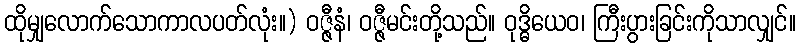
ထိုမျှလောက်သောကာလပတ်လုံး။) ဝဇ္ဇီနံ၊ ဝဇ္ဇီမင်းတို့သည်။ ဝုဒ္ဓိယေဝ၊ ကြီးပွားခြင်းကိုသာလျှင်။